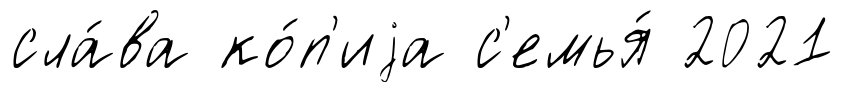
сла́ва ко́п'иjа с'емья́ 2021